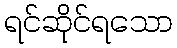
ရင်ဆိုင်ရသော